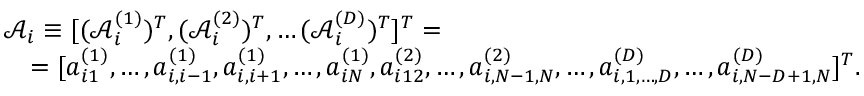
\begin{array} { l } { \mathcal { A } _ { i } \equiv [ ( \mathcal { A } _ { i } ^ { ( 1 ) } ) ^ { T } , ( \mathcal { A } _ { i } ^ { ( 2 ) } ) ^ { T } , \ldots ( \mathcal { A } _ { i } ^ { ( D ) } ) ^ { T } ] ^ { T } = } \\ { \quad = [ a _ { i 1 } ^ { ( 1 ) } , \ldots , a _ { i , i - 1 } ^ { ( 1 ) } , a _ { i , i + 1 } ^ { ( 1 ) } , \ldots , a _ { i N } ^ { ( 1 ) } , a _ { i 1 2 } ^ { ( 2 ) } , \ldots , a _ { i , N - 1 , N } ^ { ( 2 ) } , \ldots , a _ { i , 1 , \ldots , D } ^ { ( D ) } , \ldots , a _ { i , N - D + 1 , N } ^ { ( D ) } ] ^ { T } . } \end{array}